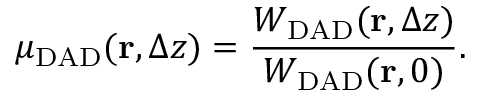
\mu _ { \mathrm { D A D } } ( { \bf r } , \Delta z ) = \frac { W _ { \mathrm { D A D } } ( { \bf r } , \Delta z ) } { W _ { \mathrm { D A D } } ( { \bf r } , 0 ) } .